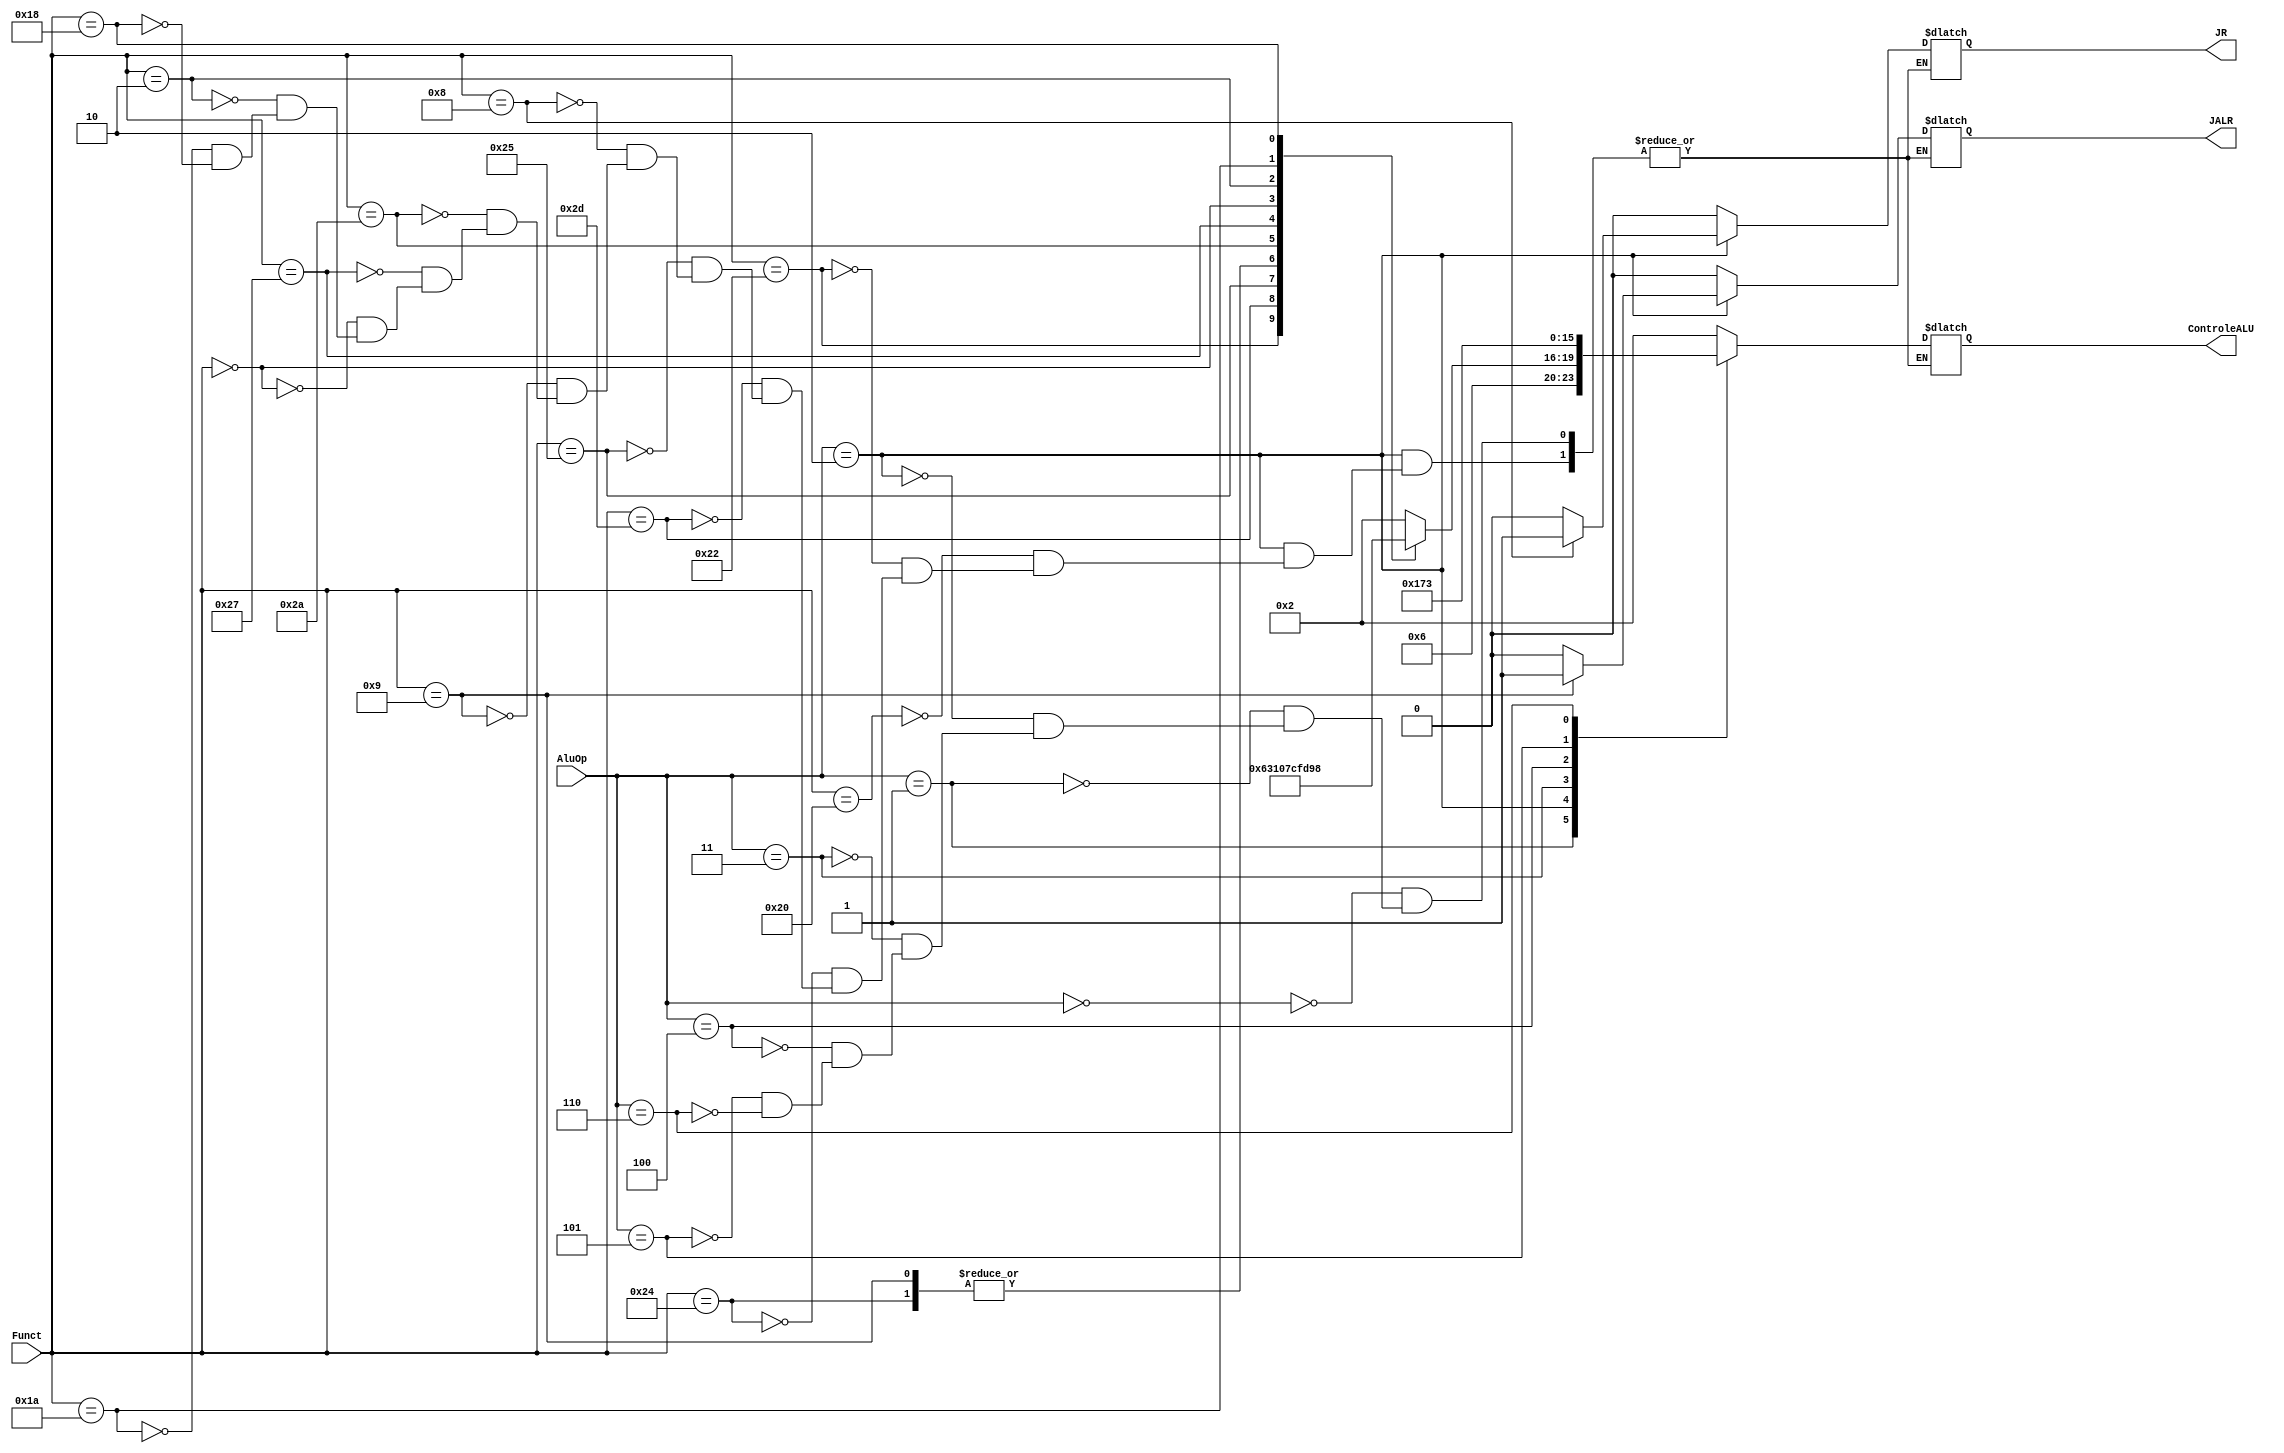
module UnidadeControleULA (
	input [5:0] Funct,
	input [2:0] AluOp,
	output [3:0] ControleALU,
	output JALR, JR
);
	
	reg[3:0] RegControle;
	reg RegJALR, RegJR;
	
	always @(*) 
	begin

		case(AluOp)
			3'b000: begin 
				RegControle = 4'b0010; //SOMA
				RegJALR = 0;
				RegJR = 0;
			end
			3'b001: begin
				RegControle = 4'b0110; //SUB
				RegJALR = 0;
				RegJR = 0;
			end
			3'b010: //FUNCT
			begin 
				case(Funct)
					6'b100000: begin 
						RegControle = 4'b0010; //SOMA
						RegJALR = 0;
						RegJR = 0;
					end
					6'b100010: begin 
						RegControle = 4'b0110; //SUB
						RegJALR = 0;
						RegJR = 0;
					end
					6'b100100: begin
						RegControle = 4'b0000; //AND
						RegJALR = 0;
						RegJR = 0;
					end
					6'b101101: begin 
						RegControle = 4'b0011; //XOR
						RegJALR = 0;
						RegJR = 0;
					end
					6'b100101: begin
						RegControle = 4'b0001; //OR
						RegJALR = 0;
						RegJR = 0;
					end
					6'b001000: begin //JR
						RegControle = 4'b0010; //SOMA
						RegJALR = 0;
						RegJR = 1;
					end
					6'b001001: begin //JALR
						RegControle = 4'b0000; //SOMA
						RegJR = 0;
						RegJALR = 1;
					end
					6'b101010: begin
						RegControle = 4'b0111; //SLT
						RegJALR = 0;
						RegJR = 0;
					end
					6'b100111: begin
						RegControle = 4'b1100; //NOR
						RegJALR = 0;
						RegJR = 0;
					end
					6'b000000: begin
						RegControle = 4'b1111; //SLL
						RegJALR = 0;
						RegJR = 0;
					end
					6'b000010: begin
						RegControle = 4'b1101; //SRL
						RegJALR = 0;
						RegJR = 0;
					end
					6'b011010: begin
						RegControle = 4'b1001; //DIV
						RegJALR = 0;
						RegJR = 0;
					end
					6'b011000: begin
						RegControle = 4'b1000; //MULT
						RegJALR = 0;
						RegJR = 0;
					end
				endcase
			end
			3'b011: begin
				RegControle = 4'b0000; //AND
				RegJALR = 0;
				RegJR = 0;
			end
			3'b100: begin
				RegControle = 4'b0001; //OR
				RegJALR = 0;
				RegJR = 0;
			end
			3'b101: begin
				RegControle = 4'b0111; //SLT
				RegJALR = 0;
				RegJR = 0;
			end
			3'b110: begin
				RegControle = 4'b0011;
				RegJALR = 0;
				RegJR = 0;
			end
		endcase
		
	end
	
	assign ControleALU = RegControle;
	assign JALR = RegJALR;
	assign JR = RegJR;


endmodule